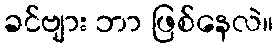
ခင်ဗျား ဘာ ဖြစ်နေလဲ။